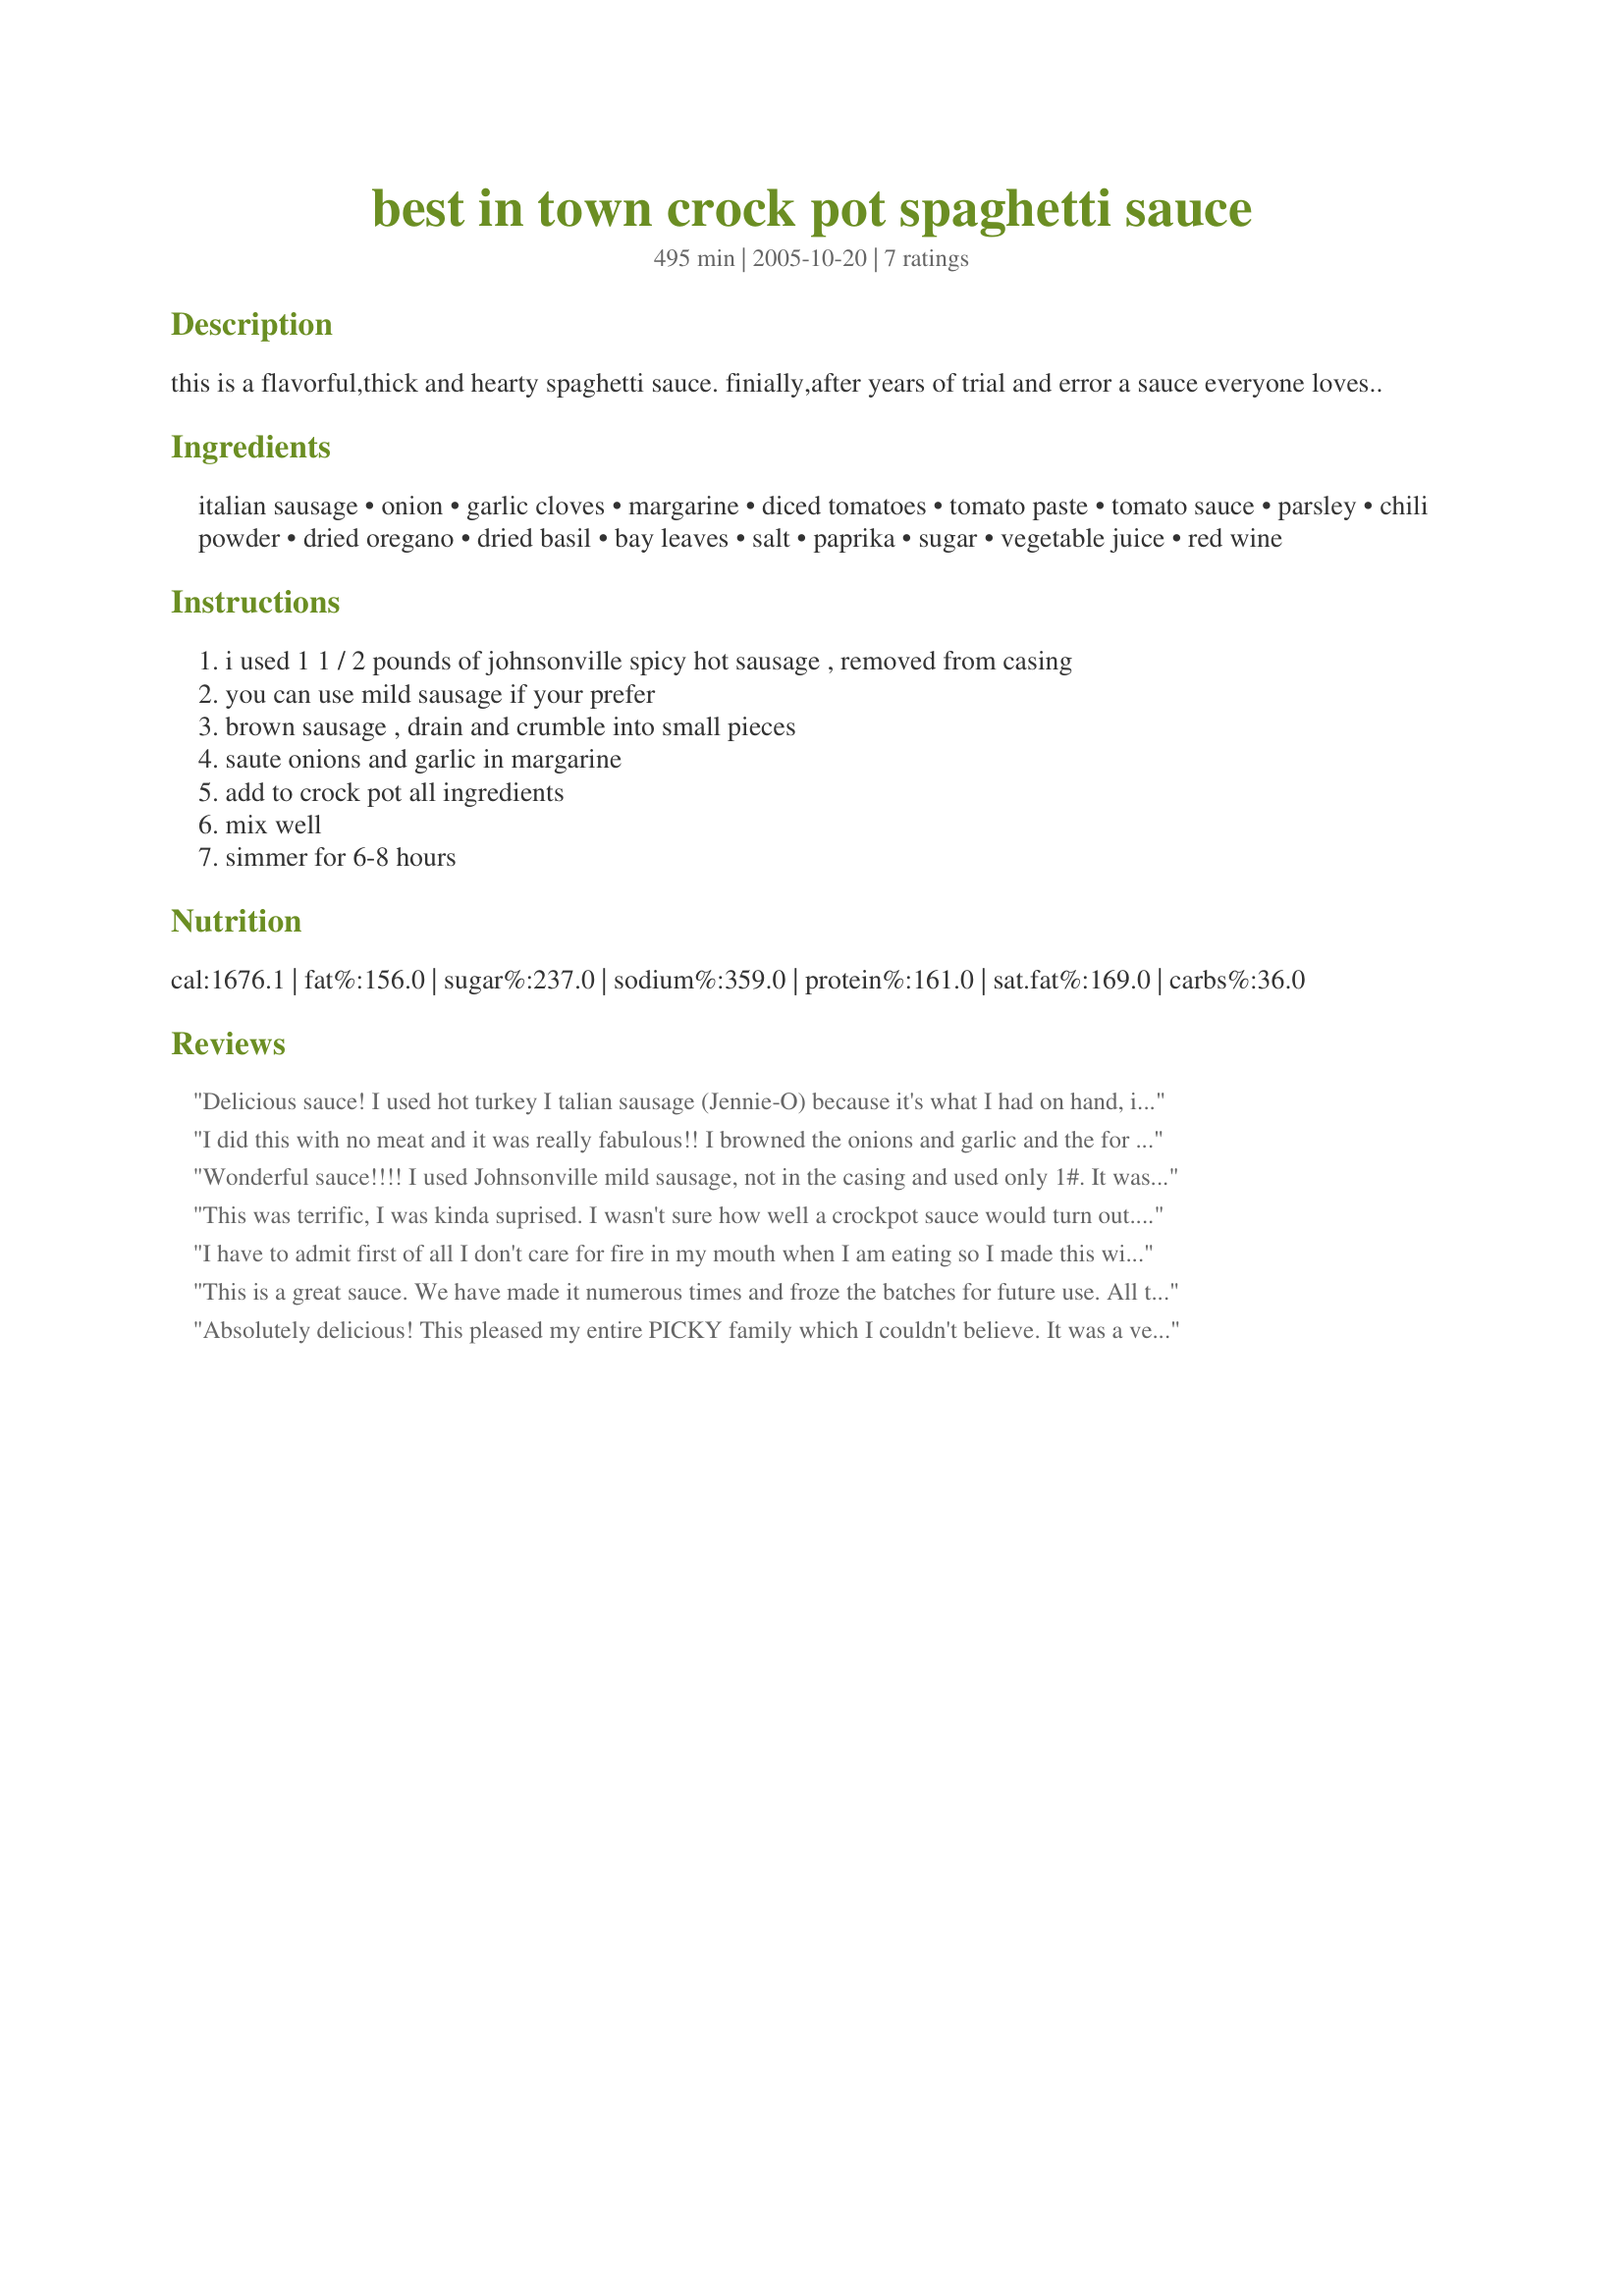
best in town crock pot spaghetti sauce
Preparation time: 495 minutes

this is a flavorful,thick and hearty spaghetti sauce.
finially,after years of trial and error a sauce everyone loves..

Ingredients:
italian sausage, onion, garlic cloves, margarine, diced tomatoes, tomato paste, tomato sauce, parsley, chili powder, dried oregano, dried basil, bay leaves, salt, paprika, sugar, vegetable juice, red wine

Steps:
i used 1 1 / 2 pounds of johnsonville spicy hot sausage , removed from casing, you can use mild sausage if your prefer, brown sausage , drain and crumble into small pieces, saute onions and garlic in margarine, add to crock pot all ingredients, mix well, simmer for 6-8 hours

Reviews:
Delicious sauce! I used hot turkey I talian sausage (Jennie-O) because it's what I had on hand, it worked great! I added some diced celery and red bell pepper in with the vegetables to saute. I omitted the margarine and used olive oil. I also added some Worcestershire sauce and a can of sliced mushrooms to the sauce. I used brown sugar in place of the regular white sugar and added a little more than called for. I thought the consistencey of this sauce was perfect and it was very flavorful! Thanks for sharing your recipe!
I did this with no meat and it was really fabulous!! I browned the onions and garlic and the for the whole day was wonderful-- thanks for the great recipe
Wonderful sauce!!!! I used Johnsonville mild sausage, not in the casing and used only 1#. It was perfect. I nudged the garlic amount up a bit and when 'hand measuring' put about double basil and oregano. They did not overpower the other tastes however. We loved the sauce. It turned out thick and just right. Now I need to go and buy a new crockpot so I can make this everytime we want pasta with a red sauce. I will be making and freezing this also!! Thanks for posting this!!
This was terrific, I was kinda suprised. I wasn't sure how well a crockpot sauce would turn out. But it is sooo easy. I prepared everything the night before and put in crock i also had some frozen Kittencal meatbals, so dumped them in too. Cooked for about 10 hours. When I got home from work, I added a bit more wine and some balsamic vinegar to give some more depth of flavor, Cooked for about another hour or so with the lid halfway off to thicken it up. This was absolutely delish! This is a great weekday sauce!
I have to admit first of all I don't care for fire in my mouth when I am eating so I made this with mild sausage.But the flavor was fantastic,and I loved being able to make this in a crockpot.....I also left out the sugar as I don't care for sweet spaghetti sauce.But this sauce was wonderful anyway.Thanks so much,Darlene
This is a great sauce. We have made it numerous times and froze the batches for future use. All the flavours work so well together and it is so simple. Oh, and your house smells great all day!
Absolutely delicious! This pleased my entire PICKY family which I couldn't believe. It was a very good sauce that wasn't too much in any area: flavor, seasonings or meat. It was a nice hearty consistency and I crumbled the sausage so thin that no one complained. The entire family said make this again soon! :-) The only thing I did differently is add the sausage during the last hour of cooking with some canned mushrooms. Next time I will add the sausage for the entire cooking time.... I was in a hurry. I also added a little red wine that I served with dinner. Recommended!
